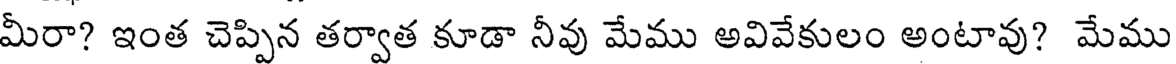
మీరా? ఇంత చెప్పిన తర్వాత కూడా నీవు మేము అవివేకులం అంటావు? మేము